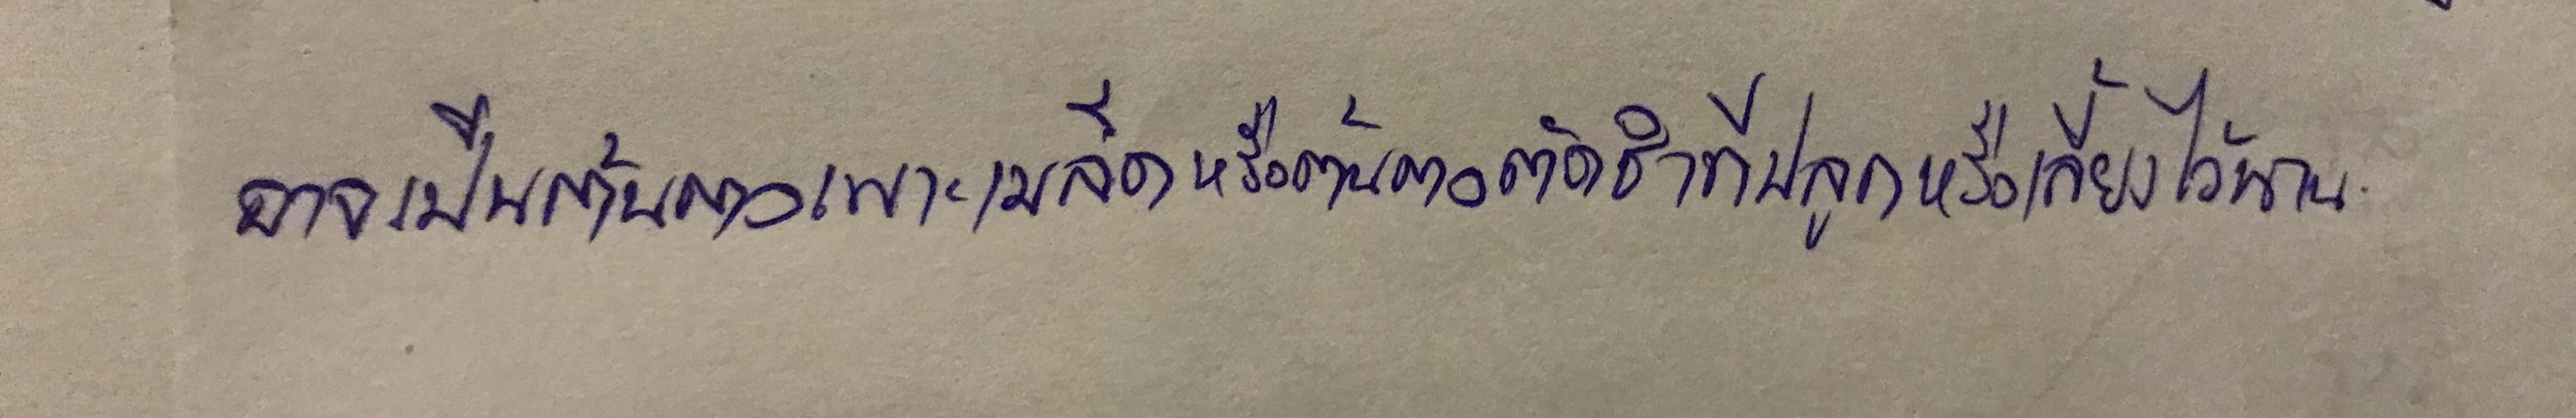
อาจเป็นต้นตอเพาะเมล็ดหรือต้นตอตัดชำที่ปลูกหรือเลี้ยงไว้นาน